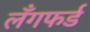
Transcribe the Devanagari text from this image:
लँगफर्ड